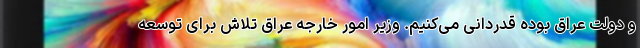
و دولت عراق بوده قدردانی می‌کنیم. وزیر امور خارجه عراق تلاش برای توسعه